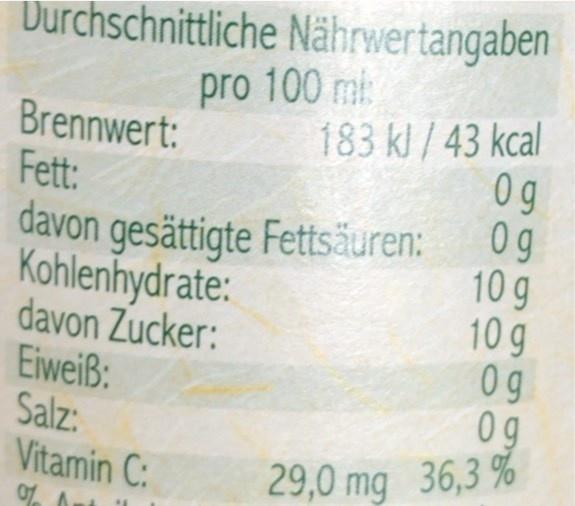
Durchschnittliche Nährwertangaben pro 100 ml
Brennwert: Fett: davon gesättigte Fettsäuren: Kohlenhydrate: davon Zucker: Eiweiß: Salz: Vitamin C:
183 kl/ 43 kcal 0g 0g 10 g 10 g 0g 0g
29,0 mg 36,3 %